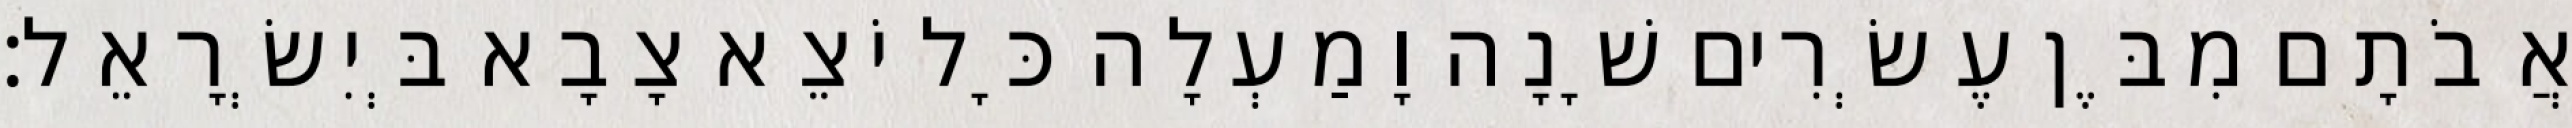
אֲבֹתָם מִבֶּן עֶשְׂרִים שָׁנָה וָמַעְלָה כָּל יֹצֵא צָבָא בְּיִשְׂרָאֵל׃